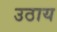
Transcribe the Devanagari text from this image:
उठाय